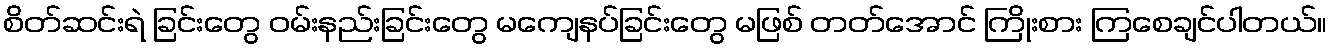
စိတ်ဆင်းရဲ ခြင်းတွေ ဝမ်းနည်းခြင်းတွေ မကျေနပ်ခြင်းတွေ မဖြစ် တတ်အောင် ကြိုးစား ကြစေချင်ပါတယ်။